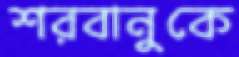
শরবানুকে